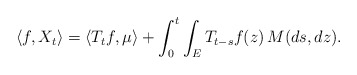
\begin{align*} \langle f,X_t\rangle=\langle T_tf,\mu\rangle+\int_0^t\int_E T_{t-s}f(z)\,M(ds,dz).\end{align*}